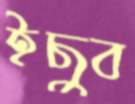
ইছুব